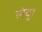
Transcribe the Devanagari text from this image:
लेवु।